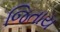
જિતાય